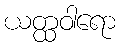
ယတ္ထဝါရော